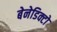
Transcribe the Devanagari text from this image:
बेनेडिक्टो